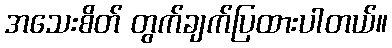
အသေးစိတ် တွက်ချက်ပြထားပါတယ်။